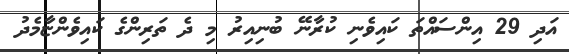
އަދި 29 އިންސައްތަ ކައިވެނި ކުރާނޭ ބުނިއިރު މި ދެ ތަރިންގެ ކައިވެންޏާމެދު